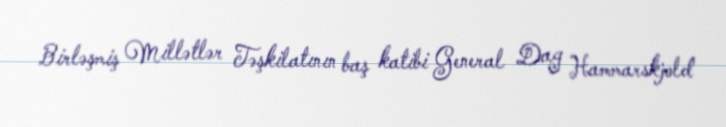
Birləşmiş Millətlər Təşkilatının baş katibi General Dag Hammarskjold